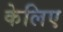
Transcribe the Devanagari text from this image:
केलिए